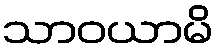
သာဝယာမိ